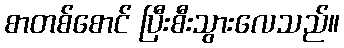
စာတစ်စောင် ပြီးစီးသွားလေသည်။